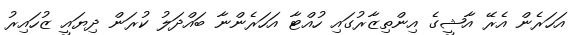
އަހަރެން އެރޭ އާޝީގެ އިންތިޒާރުގައި ހުއްޓާ އަހަރެންނާ ބައްދަލު ކުރަން ދިޔައީ ޒުހައިރު